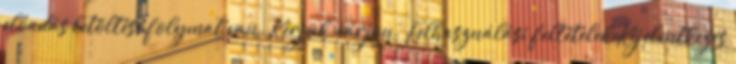
előadás letöltése folymat van. Kérjük, várjon. Felhasználási feltételek Kijelentkezés